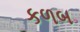
કળબ